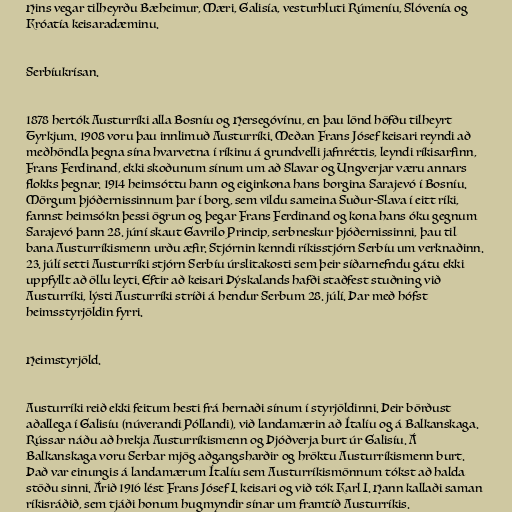
Hins vegar tilheyrðu Bæheimur, Mæri, Galisía, vesturhluti Rúmeníu, Slóvenía og
Króatía keisaradæminu.

Serbíukrísan.

1878 hertók Austurríki alla Bosníu og Hersegóvínu, en þau lönd höfðu tilheyrt
Tyrkjum. 1908 voru þau innlimuð Austurríki. Meðan Frans Jósef keisari reyndi að
meðhöndla þegna sína hvarvetna í ríkinu á grundvelli jafnréttis, leyndi ríkisarfinn,
Frans Ferdinand, ekki skoðunum sínum um að Slavar og Ungverjar væru annars
flokks þegnar. 1914 heimsóttu hann og eiginkona hans borgina Sarajevó í Bosníu.
Mörgum þjóðernissinnum þar í borg, sem vildu sameina Suður-Slava í eitt ríki,
fannst heimsókn þessi ögrun og þegar Frans Ferdinand og kona hans óku gegnum
Sarajevó þann 28. júní skaut Gavrilo Princip, serbneskur þjóðernissinni, þau til
bana Austurríkismenn urðu æfir. Stjórnin kenndi ríkisstjórn Serbíu um verknaðinn.
23. júlí setti Austurríki stjórn Serbíu úrslitakosti sem þeir síðarnefndu gátu ekki
uppfyllt að öllu leyti. Eftir að keisari Þýskalands hafði staðfest stuðning við
Austurríki, lýsti Austurríki stríði á hendur Serbum 28. júlí. Þar með hófst
heimsstyrjöldin fyrri.

Heimstyrjöld.

Austurríki reið ekki feitum hesti frá hernaði sínum í styrjöldinni. Þeir börðust
aðallega í Galisíu (núverandi Póllandi), við landamærin að Ítalíu og á Balkanskaga.
Rússar náðu að hrekja Austurríkismenn og Þjóðverja burt úr Galisíu. Á
Balkanskaga voru Serbar mjög aðgangsharðir og hröktu Austurríkismenn burt.
Það var einungis á landamærum Ítalíu sem Austurríkismönnum tókst að halda
stöðu sinni. Árið 1916 lést Frans Jósef I. keisari og við tók Karl I. Hann kallaði saman
ríkisráðið, sem tjáði honum hugmyndir sínar um framtíð Austurríkis.